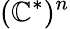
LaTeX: (\mathbb{C}^{*})^{n}